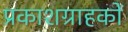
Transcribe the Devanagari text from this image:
प्रकाशग्राहकों